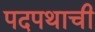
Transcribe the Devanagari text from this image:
पदपथाची